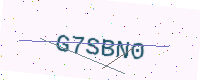
Text: G7SBN0